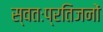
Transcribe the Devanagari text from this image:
स्वतःप्रतिजनों